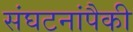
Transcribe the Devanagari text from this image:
संघटनांपैकी